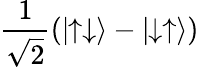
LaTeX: \frac{1}{\sqrt{2}}(|\! \! \uparrow\downarrow\rangle-|\! \! \downarrow\uparrow\rangle)